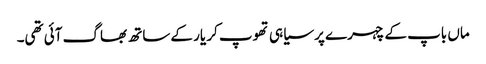
ماں باپ کے چہرے پر سیاہی تھوپ کر یار کے ساتھ بھاگ آئی تھی۔